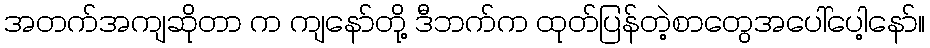
အတက်အကျဆိုတာ က ကျနော်တို့ ဒီဘက်က ထုတ်ပြန်တဲ့စာတွေအပေါ်ပေါ့နော်။